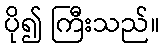
ပို၍ ကြီးသည်။